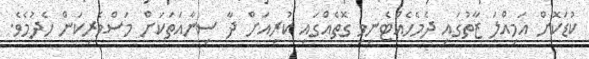
ކުޑަކޮށް އަމިއްލަ ޒާތުގައި ދެމެހެއްޓެނިވި ގޮތެއްގައި ކުރިއަށް ދާ ސިނާއަތަކަށް މަސްވެރިކަން ހެދުމެވެ.